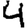
Digit: 4